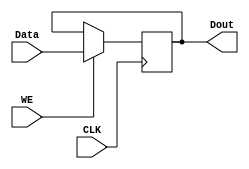
`timescale 1ns / 1ps
//////////////////////////////////////////////////////////////////////////////////
// Company: 
// Engineer: 
// 
// Design Name: 
// Module Name:    register 
// Project Name: 
// Target Devices: 
// Tool versions: 
// Description: 
//
// Dependencies: 
//
// Revision: 
// Revision 0.01 - File Created
// Additional Comments: 
//
//////////////////////////////////////////////////////////////////////////////////
module register(
    input CLK,
    input [31:0] Data,
    input WE,
    output reg [31:0] Dout
    );

	initial begin
		Dout <= 0;
	end
	
	always@(posedge CLK) begin
		if (WE) begin
			Dout <= Data;
		end
	end

endmodule